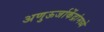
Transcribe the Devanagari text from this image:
अणुऊर्जाकेंद्रांमध्ये